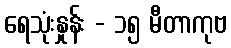
ရေသုံးနှုန်း - ၁၅ မီတာကုဗ